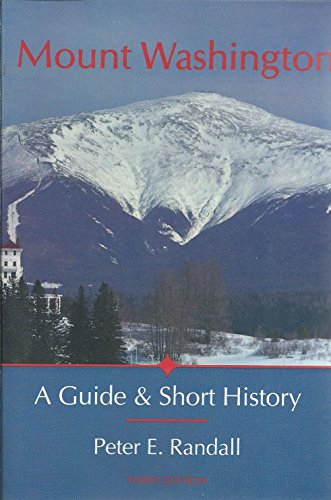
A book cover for Mount Washington: A Guide & Short History; Peter E. Randall; Travel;